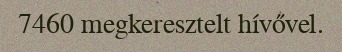
7460 megkeresztelt hívővel.